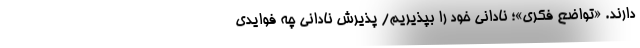
دارند. «تواضع فکری»؛ نادانی خود را بپذیریم/ پذیرش نادانی چه فوایدی